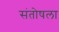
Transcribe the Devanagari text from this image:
संतोषला